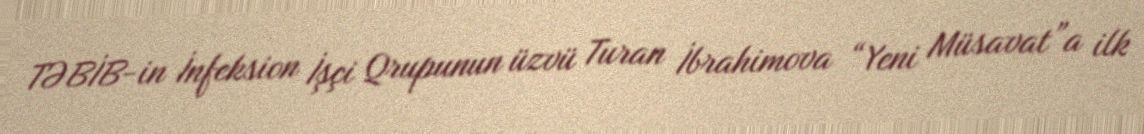
TƏBİB-in İnfeksion İşçi Qrupunun üzvü Turan İbrahimova “Yeni Müsavat”a ilk